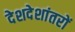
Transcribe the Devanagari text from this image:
देशदेशांतरों